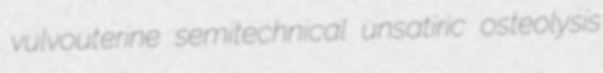
vulvouterine semitechnical unsatiric osteolysis